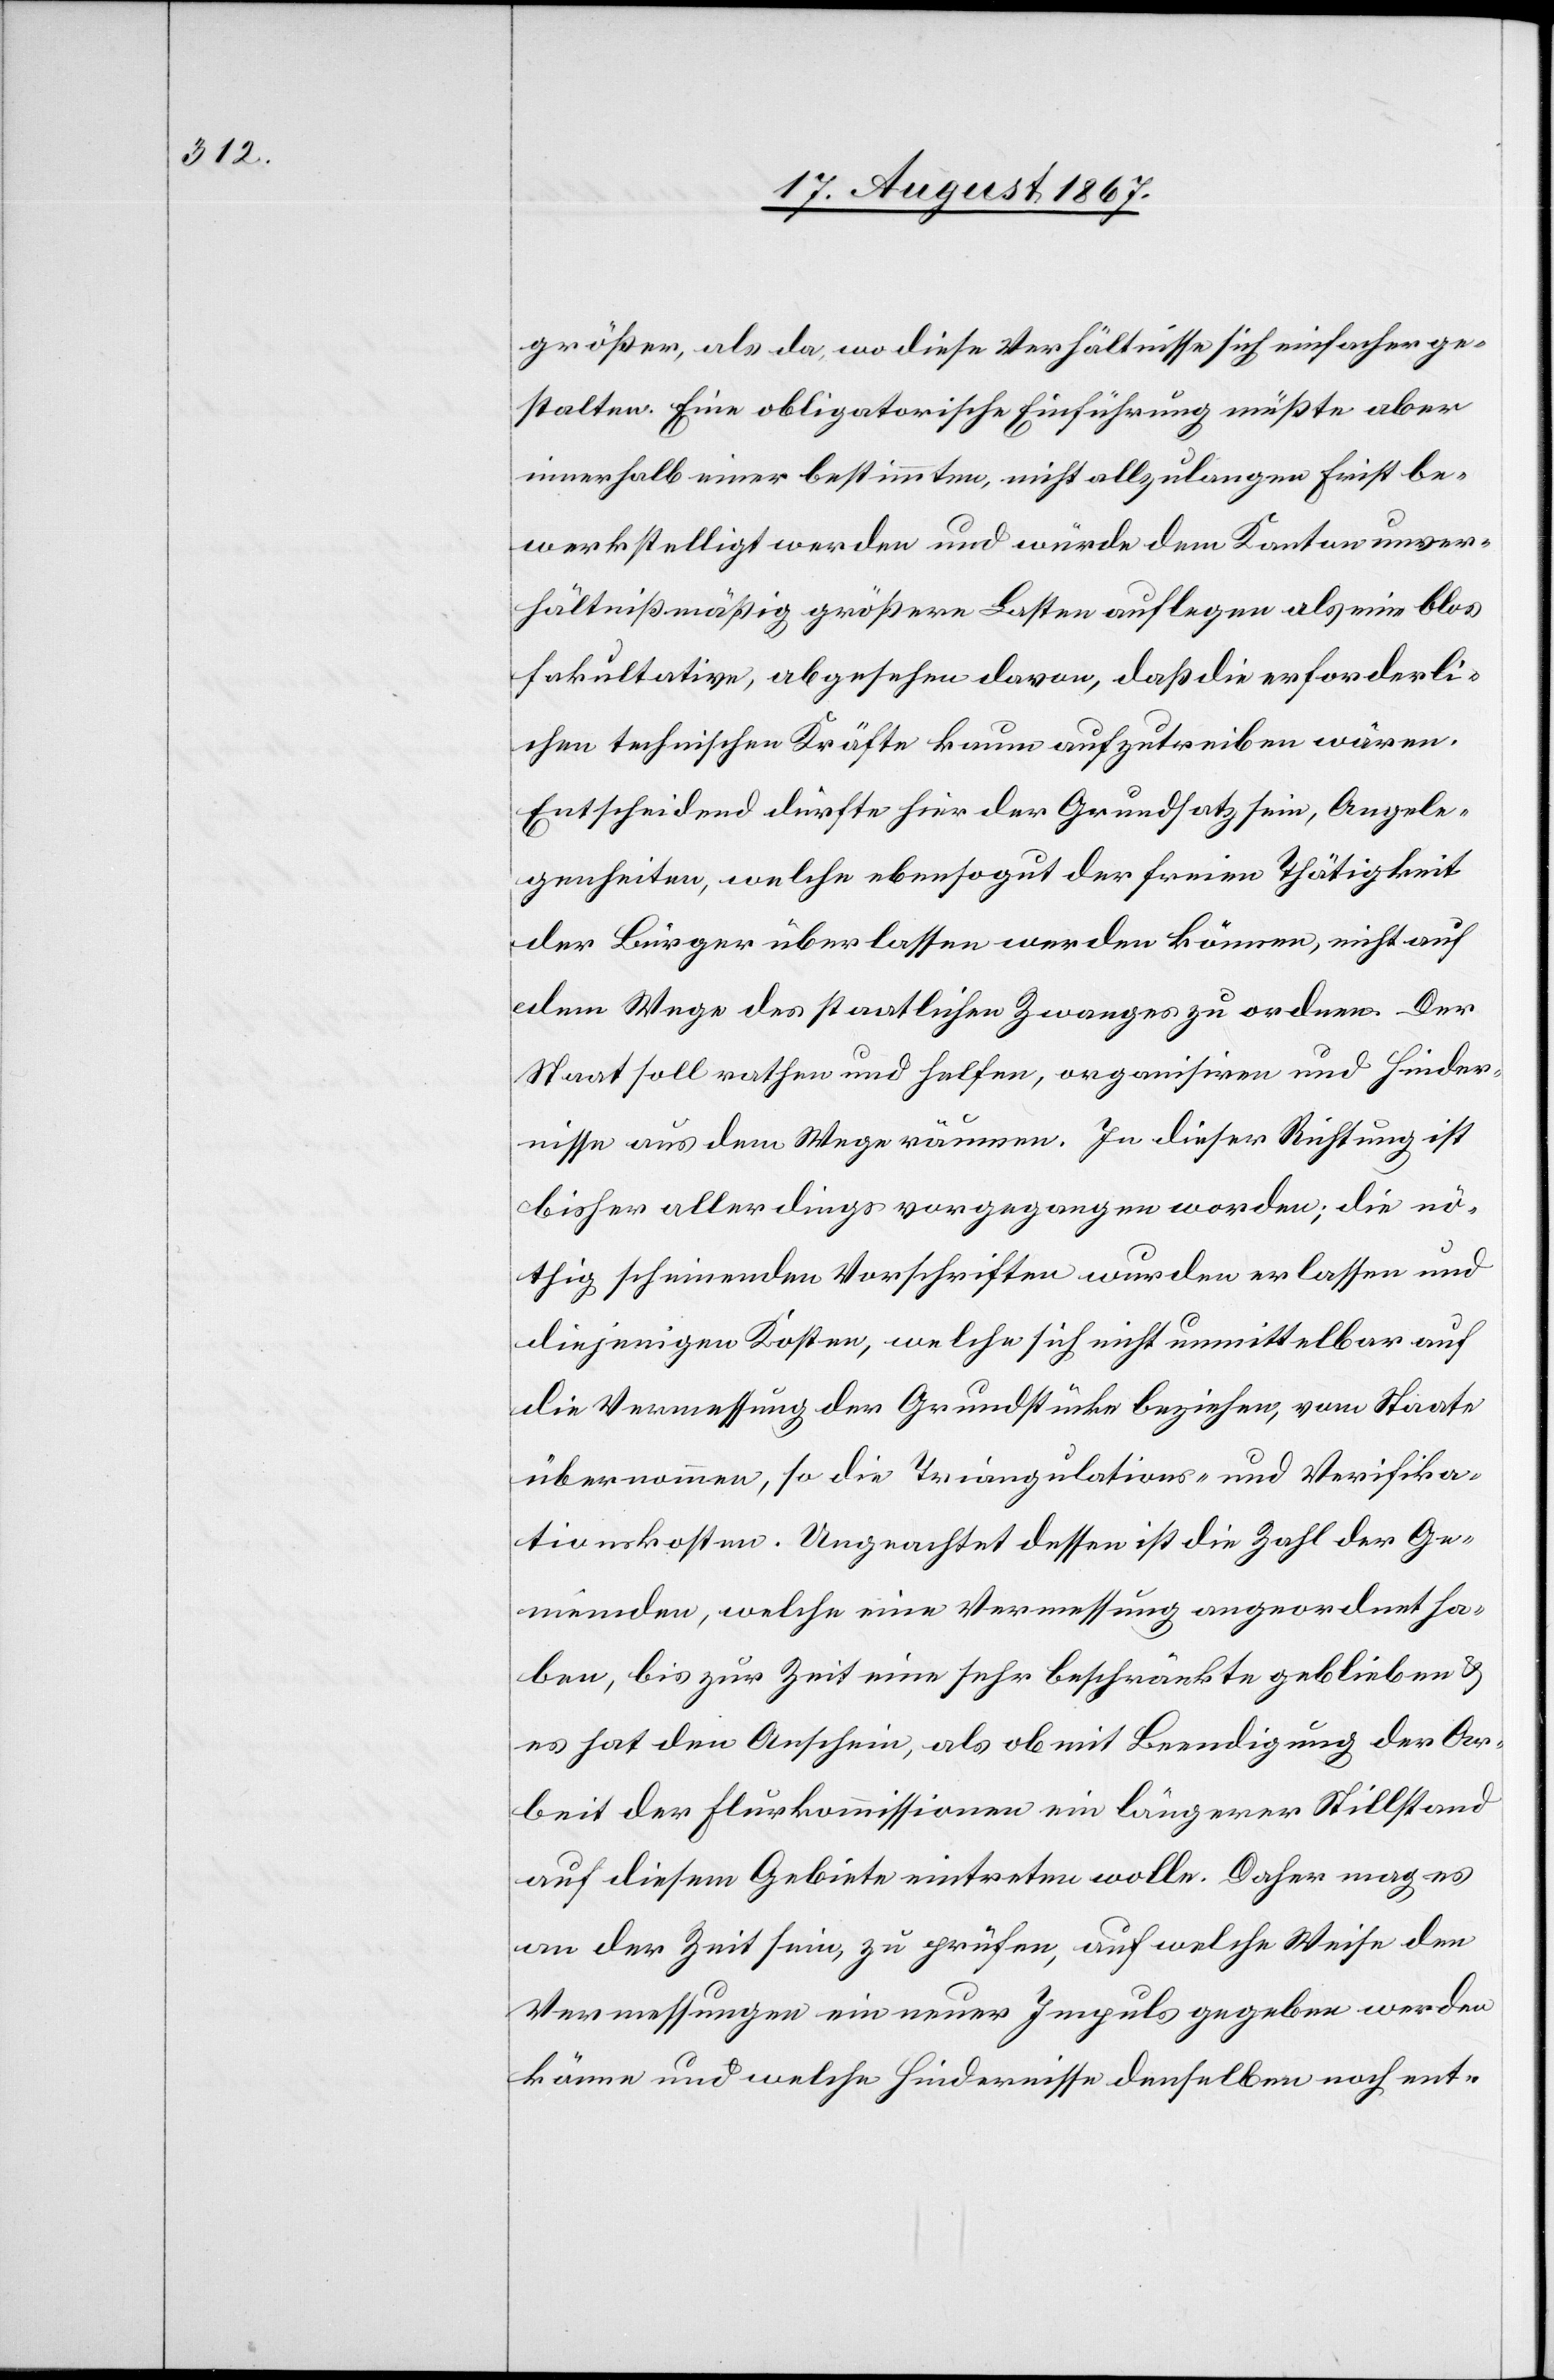
größer, als da, wo diese Verhältnisse sich einfacher ge¬
stalten. Eine obligatorische Einführung müßte aber
innerhalb einer bestimmten, nicht allzulangen Frist be¬
werkstelligt werden und würde dem Kanton unver¬
hältnißmäßig größere Lasten auflegen als eine blos
fakultative, abgesehen davon, daß die erforderli¬
chen technischen Kräfte kaum aufzutreiben wären.
Entscheidend dürfte hier der Grundsatz sein, Angele¬
genheiten, welche ebensogut der freien Thätigkeit
der Bürger überlassen werden können, nicht auf
dem Wege des staatlichen Zwanges zu ordnen. Der
Staat soll rathen und helfen, organisiren und Hinder¬
nisse aus dem Wege räumen. In dieser Richtung ist
bisher allerdings vorgegangen worden; die nö¬
thig scheinenden Vorschriften wurden erlassen und
diejenigen Kosten, welche sich nicht unmittelbar auf
die Vermessung der Grundstücke beziehen, vom Staate
übernommen, so die Triangulations- und Verifika¬
tionskosten. Ungeachtet dessen ist die Zahl der Ge¬
meinden, welche eine Vermessung angeordnet ha¬
ben, bis zur Zeit eine sehr beschränkte geblieben u.
es hat den Anschein, als ob mit Beendigung der Ar¬
beit der Flurkommissionen ein längerer Stillstand
auf diesem Gebiete eintreten wolle. Daher mag es
an der Zeit sein, zu prüfen, auf welche Weise den
Vermessungen ein neuer Impuls gegeben werden
könne, und welche Hindernisse denselben noch ent-